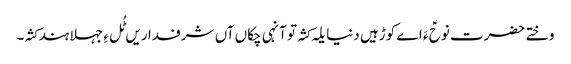
وختے حضرت نوحؑ ءَ اے کوڑہیں دنیا یلہ کثہ تو آنہی چکاں آں شرفداریں ٹُل ءِ جہلا ہند کثہ۔